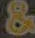
&